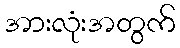
အားလုံးအတွက်